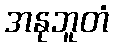
အနုဘူတံ